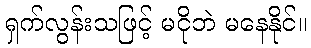
ရှက်လွန်းသဖြင့် မငိုဘဲ မနေနိုင်။